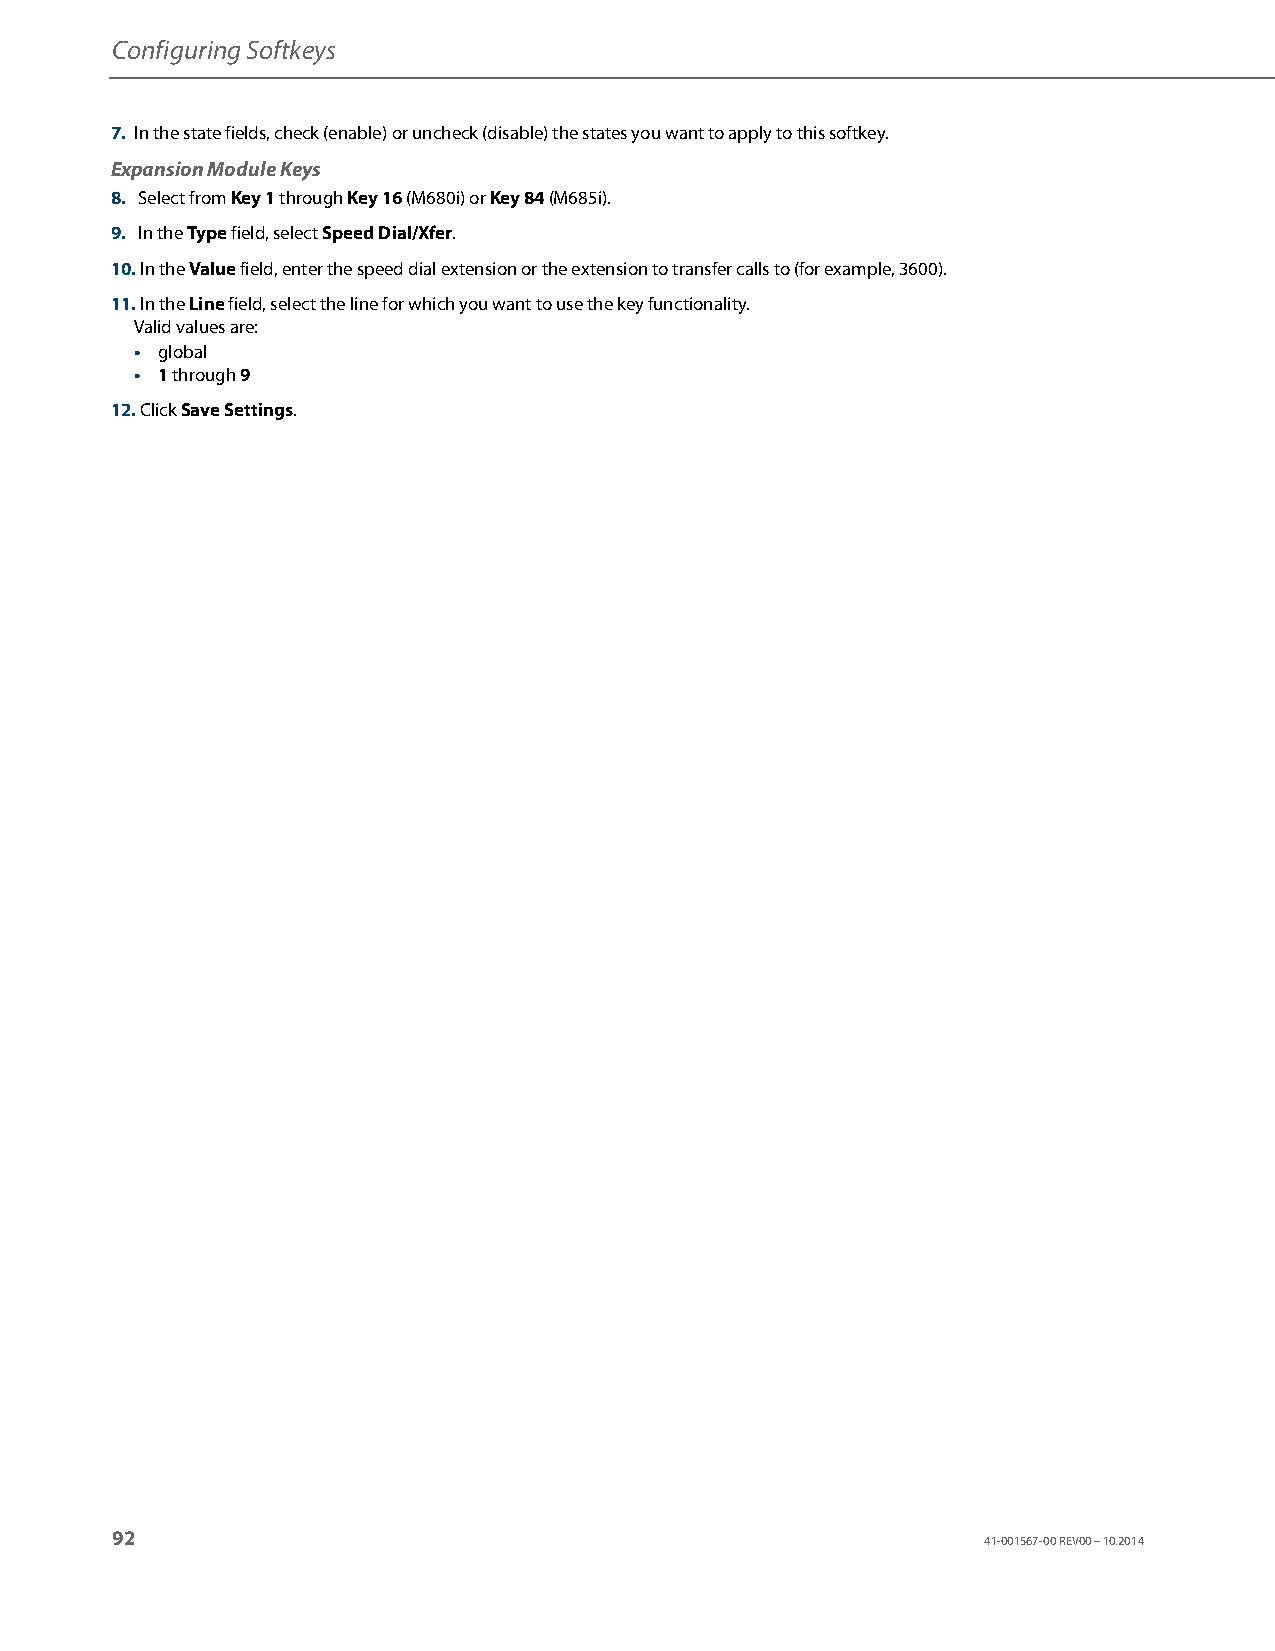
Configuring Softkeys
 7. In the state fields, check (enable) or uncheck (disable) the states you want to apply to this softkey.
 Expansion Module Keys
 8. Select from Key 1 through Key 16 (M680i) or Key 84 (M685i).
 9. In the Type field, select Speed Dial/Xfer.
 10. In the Value field, enter the speed dial extension or the extension to transfer calls to (for example, 3600).
 11. In the Line field, select the line for which you want to use the key functionality.
 Valid values are:
 • global
 • 1 through 9
 12. Click Save Settings.
 92
 41-001567-00 REV00 – 10.2014